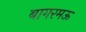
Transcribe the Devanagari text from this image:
बागरमऊ